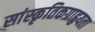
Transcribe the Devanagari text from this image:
सांस्कृतिकग्राहृयता